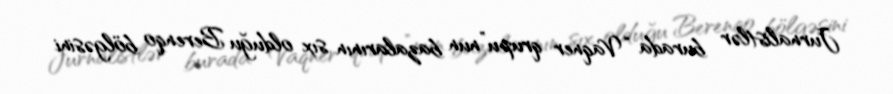
Jurnalistlər burada “Vaqner qrupu”nun bazalarının sıx olduğu Berenqo bölgəsini